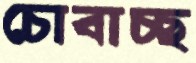
চোবাচ্ছ